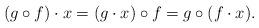
LaTeX: \begin{align*}(g \circ f) \cdot x = (g \cdot x) \circ f = g \circ (f \cdot x).\end{align*}